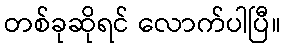
တစ်ခုဆိုရင် လောက်ပါပြီ။